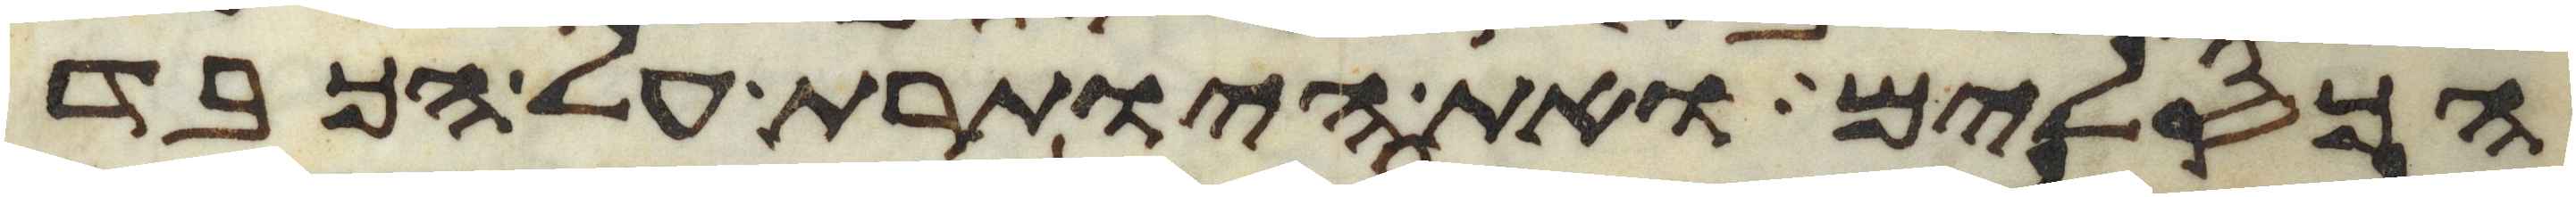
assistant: הכסלים ואת היותרת על הכבד